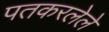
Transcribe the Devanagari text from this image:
पतकरलेले